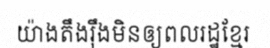
យ៉ាងតឹងរ៉ឹងមិនឲ្យពលរដ្ឋខ្មែរ